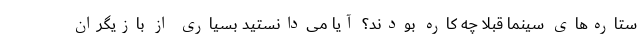
ستاره‌های سینما قبلا چه کاره بودند؟ آیا می‌دانستید بسیاری از بازیگران